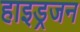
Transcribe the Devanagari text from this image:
हाइड्रजन